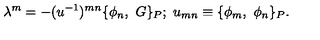
\lambda ^ { m } = - ( u ^ { - 1 } ) ^ { m n } \{ \phi _ { n } , \ G \} _ { P } ; \ u _ { m n } \equiv \{ \phi _ { m } , \ \phi _ { n } \} _ { P } .